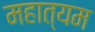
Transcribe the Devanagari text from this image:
महात्यम